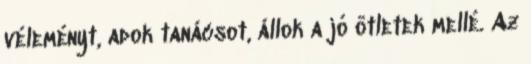
véleményt, adok tanácsot, állok a jó ötletek mellé. Az